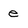
Character: e